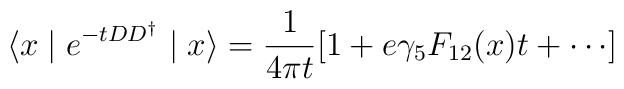
\langle x\mid e^{-tDD^{\dagger}}\mid x\rangle=\frac{1}{4\pi t}[1+e\gamma_5F_{12}(x)t+\cdots ]